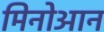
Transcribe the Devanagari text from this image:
मिनोआन